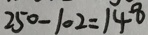
2 5 0 - 1 0 2 = 1 4 8